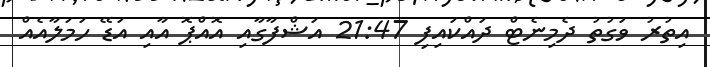
އިތުރު ވަގުތު ދެމިނެޓް ދައްކައިފި 21:47 އަޝްފާގާއި އޮއްޕޮ އާއި އަޑޭ ހަމަލާއެއް